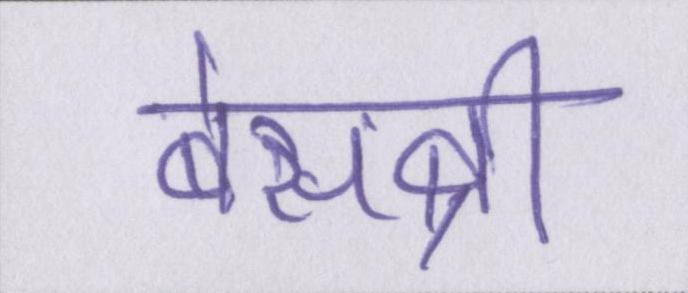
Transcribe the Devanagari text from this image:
बेसब्री